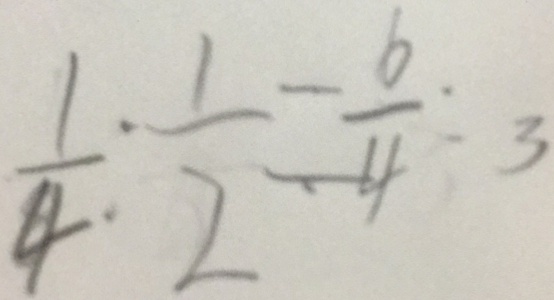
\frac { 1 } { 4 } : \frac { 1 } { 2 } = \frac { 6 } { 4 } : 3